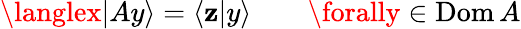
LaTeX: \langlex|Ay\rangle=\langle\mathbf{z}|y\rangle\qquad\forally\in\operatorname{Dom}A